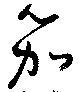
笳